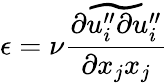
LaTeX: \epsilon=\nu\frac{\widetilde{\partial u_{i}^{\prime\prime}\partial u_{i}^{\prime\prime}}}{\partial x_{j}x_{j}}